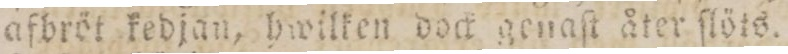
afbröt kedjan, hwilken dock genaſt åter ſlöts.